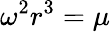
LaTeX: \omega^{2}r^{3}=\mu